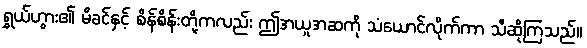
ရွှယ်ဟွား၏ မိခင်နှင့် စိန်စိန်းတို့ကလည်း ဤအယူအဆကို သံယောင်လိုက်ကာ သီဆိုကြသည်။